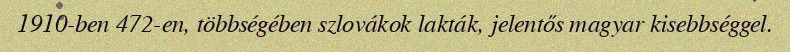
1910-ben 472-en, többségében szlovákok lakták, jelentős magyar kisebbséggel.